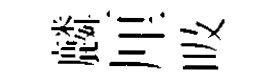
麟厘吸